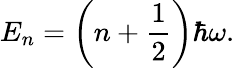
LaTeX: E_{n}=\left(n+{\frac{1}{2}}\right)\hbar\omega.